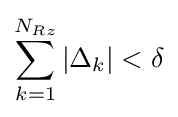
\sum _{k=1}^{N_{Rz}}|\Delta _{k}|<\delta